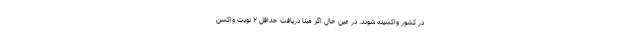
در کشور واکسینه شوند. در عین حال اگر مبنا دریافت حداقل ۲ نوبت واکسن